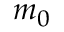
m _ { 0 }